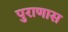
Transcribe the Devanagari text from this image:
पुराणास